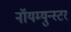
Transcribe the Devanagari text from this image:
नॉयम्युन्स्टर